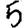
Digit: 5